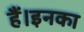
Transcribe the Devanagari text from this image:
हैं।इनका